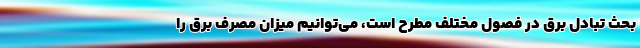
بحث تبادل برق در فصول مختلف مطرح است، می‌توانیم میزان مصرف برق را